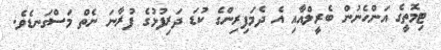
ޓިމޮތީގެ އަންހެނުން ބެރީލްއާއި އެ ދެމަފިރިންގެ ކުޑަ ދަރިފުޅުގެ ފުރާނަ ނެތް މަސްގަނޑެވެ.